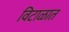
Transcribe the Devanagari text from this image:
विटाळात